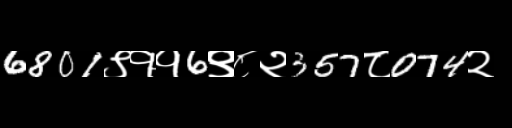
Text: 6801९११6९८२357८074२